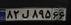
۸۲ل۸۹۵۶۶